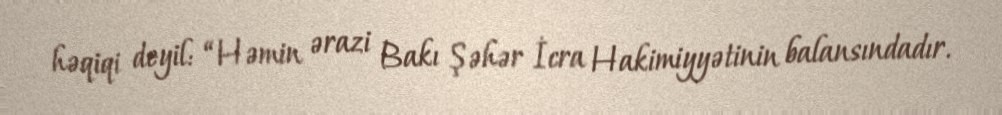
həqiqi deyil: “Həmin ərazi Bakı Şəhər İcra Hakimiyyətinin balansındadır.